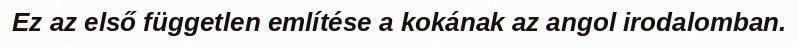
Ez az első független említése a kokának az angol irodalomban.